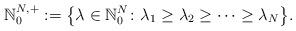
LaTeX: \begin{gather*}\mathbb{N}_{0}^{N,+}:=\big\{ \lambda\in\mathbb{N}_{0}^{N}\colon \lambda_{1}\geq\lambda_{2}\geq\cdots\geq\lambda_{N}\big\} .\end{gather*}